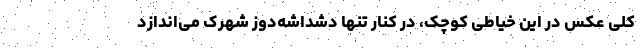
کلی عکس در این خیاطی کوچک، در کنار تنها دشداشه‌دوز شهرک می‌اندازد